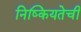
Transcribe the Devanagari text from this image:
निष्कियतेची